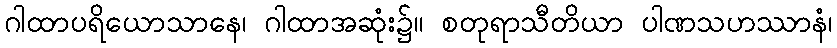
ဂါထာပရိယောသာနေ၊ ဂါထာအဆုံး၌။ စတုရာသီတိယာ ပါဏသဟဿာနံ၊